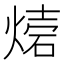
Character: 𤌫